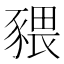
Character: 𧱨